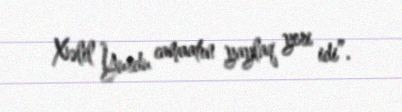
Xəlil Yurdu camaatın yaylaq yeri idi”.